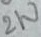
Text: 2W